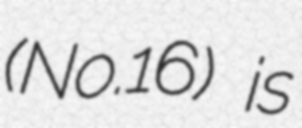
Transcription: (No.16) is